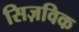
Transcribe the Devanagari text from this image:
सिज़विक